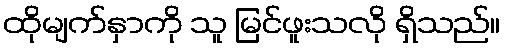
ထိုမျက်နှာကို သူ မြင်ဖူးသလို ရှိသည်။